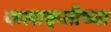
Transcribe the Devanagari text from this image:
कलाकृतीच्या